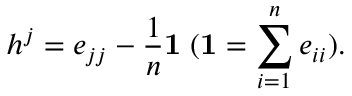
h ^ { j } = e _ { j j } - \frac { 1 } { n } { \bf 1 } \; ( { \bf 1 } = \sum _ { i = 1 } ^ { n } e _ { i i } ) .